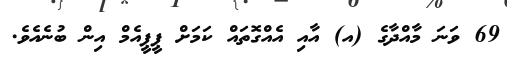
69 ވަނަ މާއްދާގެ (އ) އާއި އެއްގޮތައް ކަމަށް ޕީޕީއެމް އިން ބުނެއެވެ.